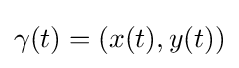
\gamma (t)=(x(t),y(t))